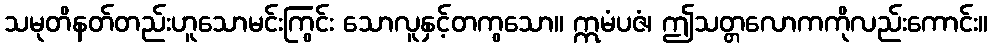
သမုတိနတ်တည်းဟူသောမင်းကြွင်း သောလူနှင့်တကွသော။ ဣမံပဇံ၊ ဤသတ္တလောကကိုလည်းကောင်း။